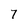
Character: 7